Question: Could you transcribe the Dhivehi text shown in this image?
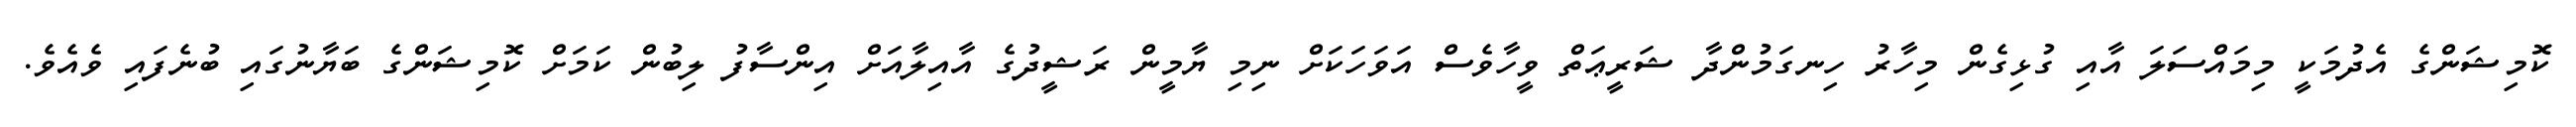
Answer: ކޮމިޝަންގެ އެދުމަކީ މިމައްސަލަ އާއި ގުޅިގެން މިހާރު ހިނގަމުންދާ ޝަރީޢަތް ވީހާވެސް އަވަހަކަށް ނިމި ޔާމީން ރަޝީދުގެ އާއިލާއަށް އިންސާފު ލިބުން ކަމަށް ކޮމިޝަންގެ ބަޔާނުގައި ބުނެފައި ވެއެވެ.